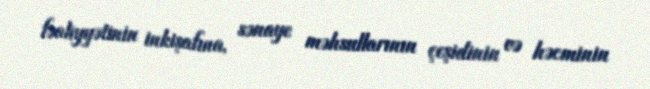
fəaliyyətinin inkişafına, sənaye məhsullarının çeşidinin və həcminin